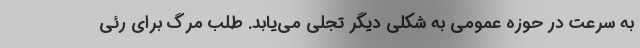
به سرعت در حوزه عمومی به شکلی دیگر تجلی می‌یابد. طلب مرگ برای رئی